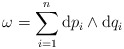
\begin{gather*}\omega=\sum _{i=1}^n \mathrm{d} p_i \wedge \mathrm{d} q_i \end{gather*}